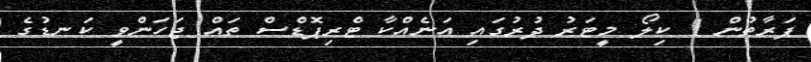
ފަރާތުން 1 ކިލޯ މީޓަރު ދުރުގައި އަނެއްކާ ޓްރިޕޮޑްސް ތައް ޖަހަންވީ ކަނޑުގެ